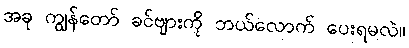
အခု ကျွန်တော် ခင်ဗျားကို ဘယ်လောက် ပေးရမလဲ။